system: You are a helpful assistant.
user:
Analyze the provided spectrum to determine if it is a **S-type Star**.

- **Key Indicators for S-type Star:**

    - **(Overall Spectrum Shape):** The first and most obvious characteristic is the overall continuum (the "baseline" shape). It is **extremely "red-sloping,"** meaning the flux (light intensity) is very low on the left side (blue, ~4000-4500 Å) and rises steeply and continuously toward the right side (red, ~7000 Å+).

    - **(Primary):** The spectrum is defined by the presence of strong, broad molecular absorption "valleys" (bands) from **Zirconium Oxide (ZrO)**. The identification of these bands is the **primary requirement** for classifying a star as S-type.
        - **(Key Bandheads):** You must find distinct, deep "dips" where the light has been absorbed. The most critical band systems to locate are:
            - **~6474 Å** ($\gamma$-system): This is often the strongest and clearest ZrO feature, found in the red part of the spectrum.
            - **~5718 Å** & **~5551 Å** ($\beta$-system): A pair of prominent absorption features in the yellow-orange part of the spectrum.
            - **~4640 Å** ($\alpha$-system): A key absorption band system in the blue-green region of the spectrum.

    - **(Secondary Confirmation):** The classification is strengthened by finding additional absorption bands from other related heavy element oxides, which are expected to be present alongside ZrO.
        - **(Key Bandheads):**
            - **Yttrium Oxide (YO):** Look for absorption dips near **~4800 Å** and **~6100 Å**.
            - **Lanthanum Oxide (LaO):** Additional absorption features, particularly in the red-orange part of the spectrum, are also characteristic.

    - **(Line Profile):** The combination of the steep red continuum and these numerous, deep molecular bands (ZrO, YO, etc.) gives the entire spectrum a very **"chopped-up"** or **"bumpy"** appearance. Instead of a smooth curve, the spectrum looks as though large, wide chunks of light have been "carved out" of it at the specific wavelengths listed above.

Think first, call **spectral_visualization_tool** if needed to examine features in detail, then provide your final answer. Your response must adhere to the following strict rules:
1.  **Overall Structure:** Your response must follow the format `<think>...</think> <tool_call>...</tool_call> (if a tool is used) <answer>...</answer>`.
2.  **Tool Usage Constraint:** You may only make **one** tool call per turn.
3.  **Final Answer Format:** In the `<answer>` tag, your conclusion must be inside a `\boxed{}` command (e.g., `\boxed{YES}` or `\boxed{NO}`), followed by your justification.

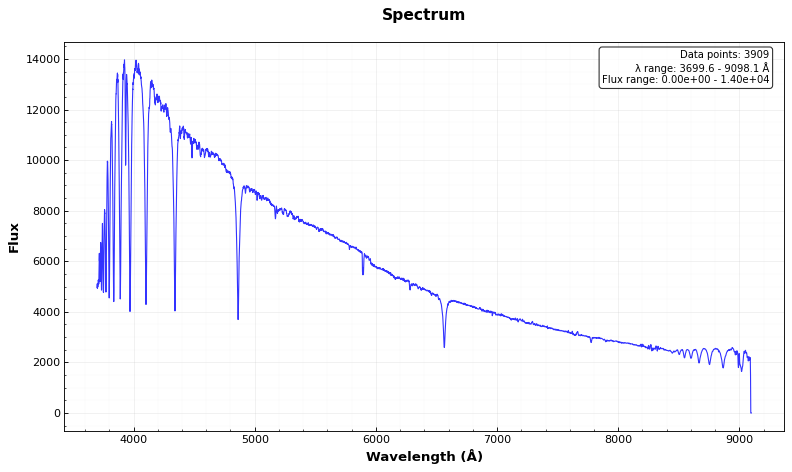
Answer: YES